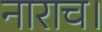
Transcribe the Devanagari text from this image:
नाराच।